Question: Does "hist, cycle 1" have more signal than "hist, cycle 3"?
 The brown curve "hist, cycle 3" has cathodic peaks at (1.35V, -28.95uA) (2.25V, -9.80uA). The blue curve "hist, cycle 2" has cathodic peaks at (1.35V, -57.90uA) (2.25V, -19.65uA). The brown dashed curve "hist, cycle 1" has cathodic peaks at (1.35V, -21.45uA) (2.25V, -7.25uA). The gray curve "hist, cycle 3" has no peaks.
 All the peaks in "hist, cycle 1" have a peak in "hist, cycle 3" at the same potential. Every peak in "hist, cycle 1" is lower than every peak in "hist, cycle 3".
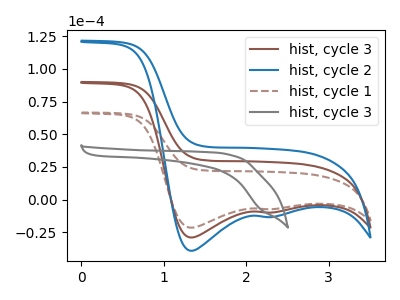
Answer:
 <answer>"hist, cycle 1" has less signal than "hist, cycle 3".</answer>
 <eval>less_signal</eval>